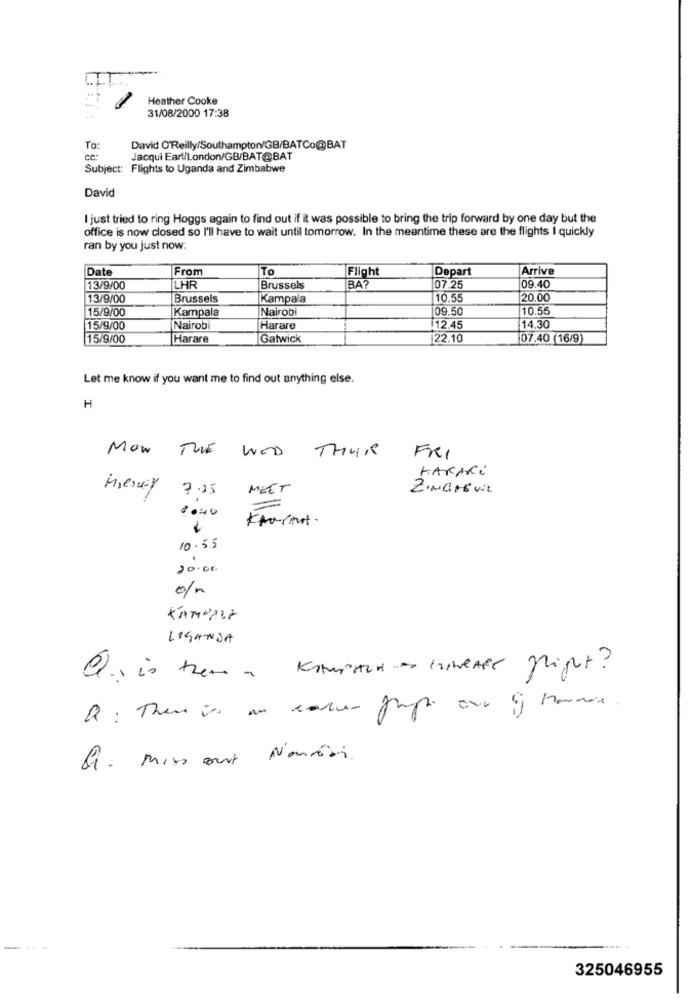
Heather Cooke
31/08/2000 17:38
To
David O'Reilly/Southampton/GB/BATCo@BAT
Jacqui Earl/London/GB/BAT@BAT
Subject: Flights to Uganda and Zimbabwe
David
I just tried to ring Hoggs again to find out if it was possible to bring the trip forward by one day but the
office is now closed so I'll have to wait until tomorrow. In the meantime these are the flights I quickly
ran by you just now:
Date
From
To
Flight
Depart
Arrive
13/9/00
LHR
Brussels
BA?
07.25
09.40
13/9/00
Brussels
Kampala
10.55
20.00
15/9/00
Kampala
Nairobi
09.50
10.55
15/9/00
Nairobi
Harare
12.45
14.30
15/9/00
Harare
Gatwick
22.10
07.40 (16/9
Let me know if you want me to find out anything else.
H
MOW THE WED THUR
FRI
KARARI
Miesury
7.25
MEET
ZINGAEWE
2040
Karmat .
10.55
20.00
KAMPALA
LIGANDA
Que is there a Ksuited as KiweARE flight?
Q: There is an carne prop one q horas.
Q: Miss out Noniri.
-
325046955